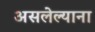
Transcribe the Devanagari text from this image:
असलेल्याना